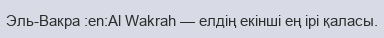
Эль-Вакра :en:Al Wakrah — елдің екінші ең ірі қаласы.